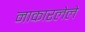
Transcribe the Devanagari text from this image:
नाकारलेले